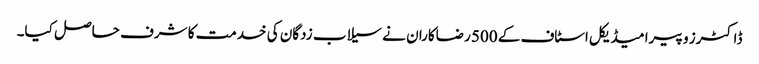
ڈاکٹرز و پیرا میڈیکل اسٹاف کے 500 رضاکاران نے سیلاب زدگان کی خدمت کا شرف حاصل کیا۔